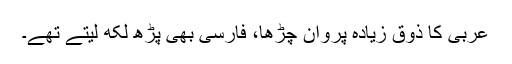
عربی کا ذوق زیادہ پروان چڑھا، فارسی بھی پڑھ لکھ لیتے تھے۔